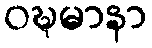
ဝဍ္ဎမာနာ